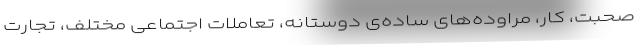
صحبت، کار، مراوده‌های ساده‌ی دوستانه، تعاملات اجتماعی مختلف، تجارت